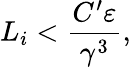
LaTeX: L_{i}<\frac{C^{\prime}\varepsilon}{\gamma^{3}},